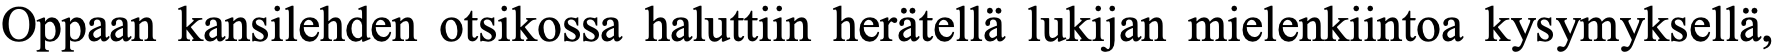
Oppaan kansilehden otsikossa haluttiin herätellä lukijan mielenkiintoa kysymyksellä,